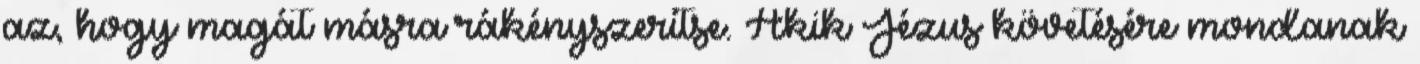
az, hogy magát másra rákényszerítse. Akik Jézus követésére mondanak